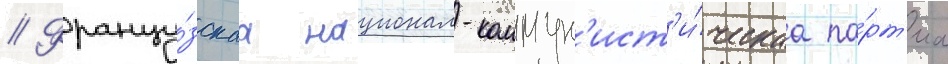
// Францу́зскаа национал-коммун'ист'и́ческаа па́рт'иа